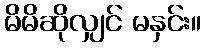
မိမိဆိုလျှင် မနှင်း။